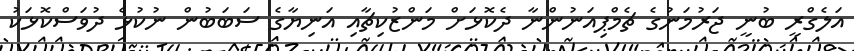
އަލެގްރީ ބުނީ ޖަރުމަނުގެ ޗެމްޕިއަނުންނާ ދެކޮޅަށް މަންޒުކިޗާއި އަނިޔާގެ ސަބަބުން ނުކުޅެ ދުވަސްކޮޅަކު